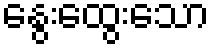
နွေးထွေးသော